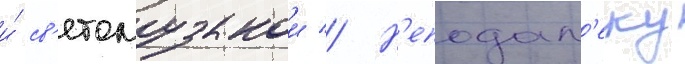
и́ св'етомузыкои // Н'еподал'еку